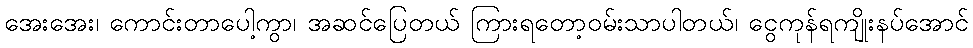
အေးအေး၊ ကောင်းတာပေါ့ကွာ၊ အဆင်ပြေတယ် ကြားရတော့ဝမ်းသာပါတယ်၊ ငွေကုန်ရကျိုးနပ်အောင်